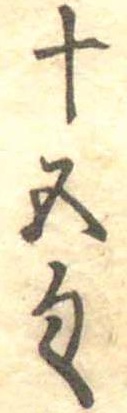
十五匁